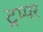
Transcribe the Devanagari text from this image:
ट्रम्पर